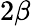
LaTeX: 2\beta